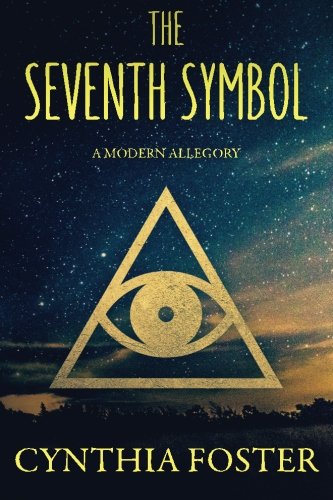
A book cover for The Seventh Symbol: A Modern Allegory; Cynthia Foster; Science Fiction & Fantasy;